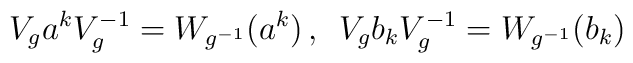
V_{g}a^{k}V_{g}^{-1} = W_{g^{-1}}(a^{k}) \, , \enspace  V_{g}b_{k}V_{g}^{-1} = W_{g^{-1}} (b_{k})